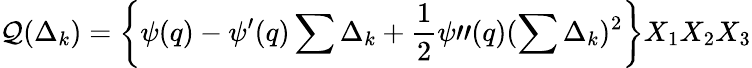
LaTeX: {\cal Q}(\Delta_{k})=\left\{ \psi(q)-\psi^{\prime}(q)\sum\Delta_{k}+\frac{1}{2}\psi"(q)(\sum\Delta_{k})^{2}\right\} X_{1}X_{2}X_{3}